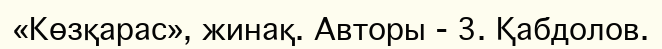
«Көзқарас», жинақ. Авторы - 3. Қабдолов.